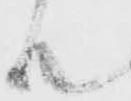
殿